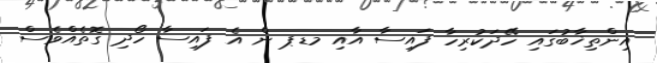
އިންތިޚާބުގައި ހޭދަކުރިހާ ފައިސާ އާއި މޑޕ ން އެ ފައިސާ ހޯދި ގޮތެއްވެސް